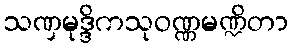
သဏှမုဒ္ဒိကသုဝဏ္ဏမဏ္ဍိတာ